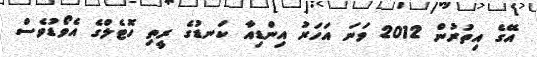
އޭގެ އިތުރުން 2012 ވަނަ އަހަރު އިންޑިއާ ކަނޑުގެ ރީތި ހޮޓެލްގެ އެވޯޑުވެސް